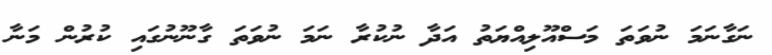
ނަގާނަމަ ނުވަތަ މަސްއޫލިއްޔަތު އަދާ ނުކުރާ ނަމަ ނުވަތަ ގާނޫނުގައި ކުރުން މަނާ